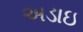
અડાઇ